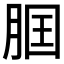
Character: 𦛢